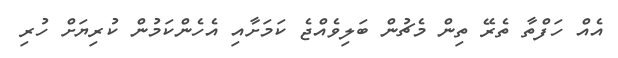
އެއް ހަފްތާ ތެރޭ ތިން މެޗުން ބަލިވެއްޖެ ކަމަށާއި އެހެންކަމުން ކުރިޔަށް ހުރި